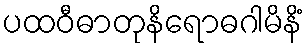
ပထဝီဓာတုနိရောဓဂါမိနိံ